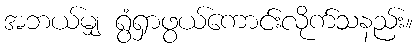
အဘယ်မျှ ရွံရှာဖွယ်ကောင်းလိုက်သနည်း။